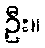
ဦး။